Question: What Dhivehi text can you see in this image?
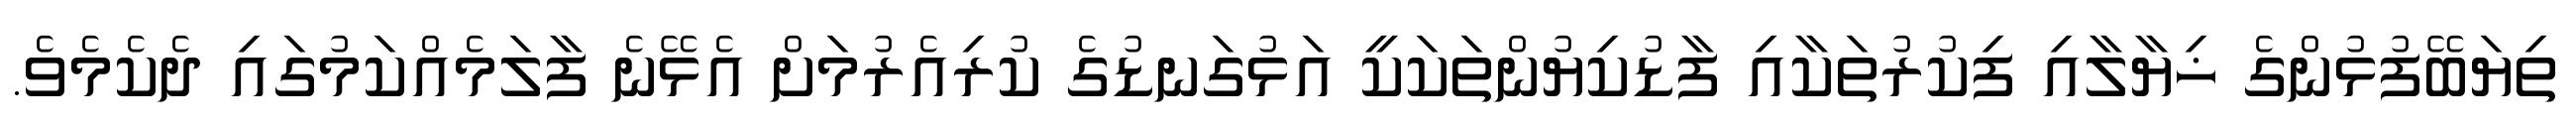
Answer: ތިޔަބޭފުޅުންގެ ޚިޔާލާއި ފިކުރުތަކާއި ފާޑުކިޔުންތަކަކީ އަޅުގަނޑުގެ ކުރިއެރުމަށް އެޅޭނެ ފާލަމެއްކަމުގައި ދެކެމެވެ.